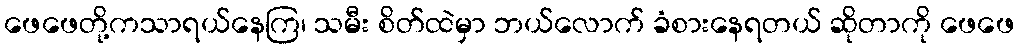
ဖေဖေတို့ကသာရယ်နေကြ၊ သမီး စိတ်ထဲမှာ ဘယ်လောက် ခံစားနေရတယ် ဆိုတာကို ဖေဖေ